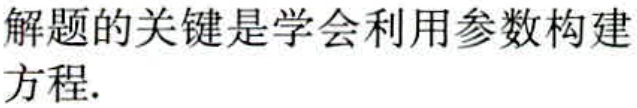
解题的关键是学会利用参数构建方程.